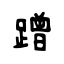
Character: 蹭